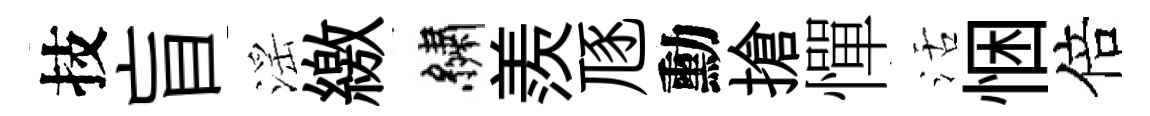
技盲滛繳繡羨豗勳搶憚活悃倍